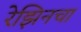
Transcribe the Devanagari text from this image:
रेझिनचा